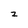
Character: 2